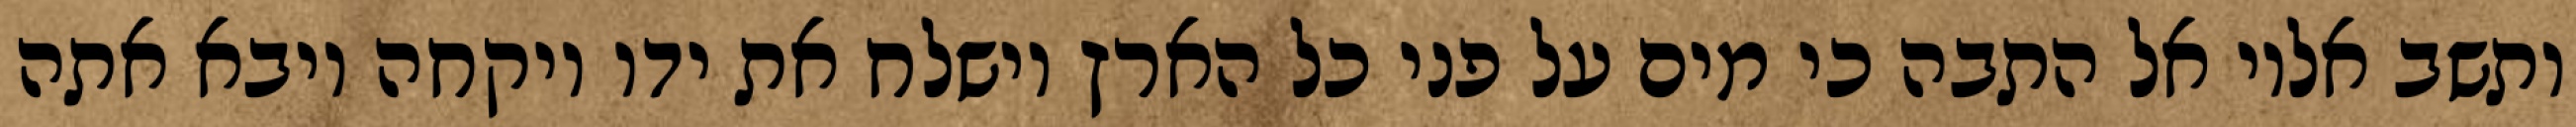
ותשב אליו אל התבה כי מים על פני כל הארץ וישלח את ידו ויקחה ויבא אתה